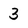
Character: 3